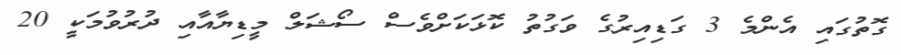
ގޮތުގައި އެންމެ 3 ގަޑިއިރުގެ ވަގުތު ކޮޅަކަށްވެސް ސޯޝަލް މީޑިޔާއާއި ދުރުވުމަކީ 20